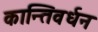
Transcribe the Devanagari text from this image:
कान्तिवर्धन